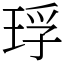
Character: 琈